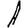
Digit: 1